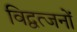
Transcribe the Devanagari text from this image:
विद्वत्जनों